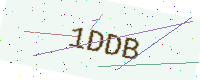
Text: 1DDB